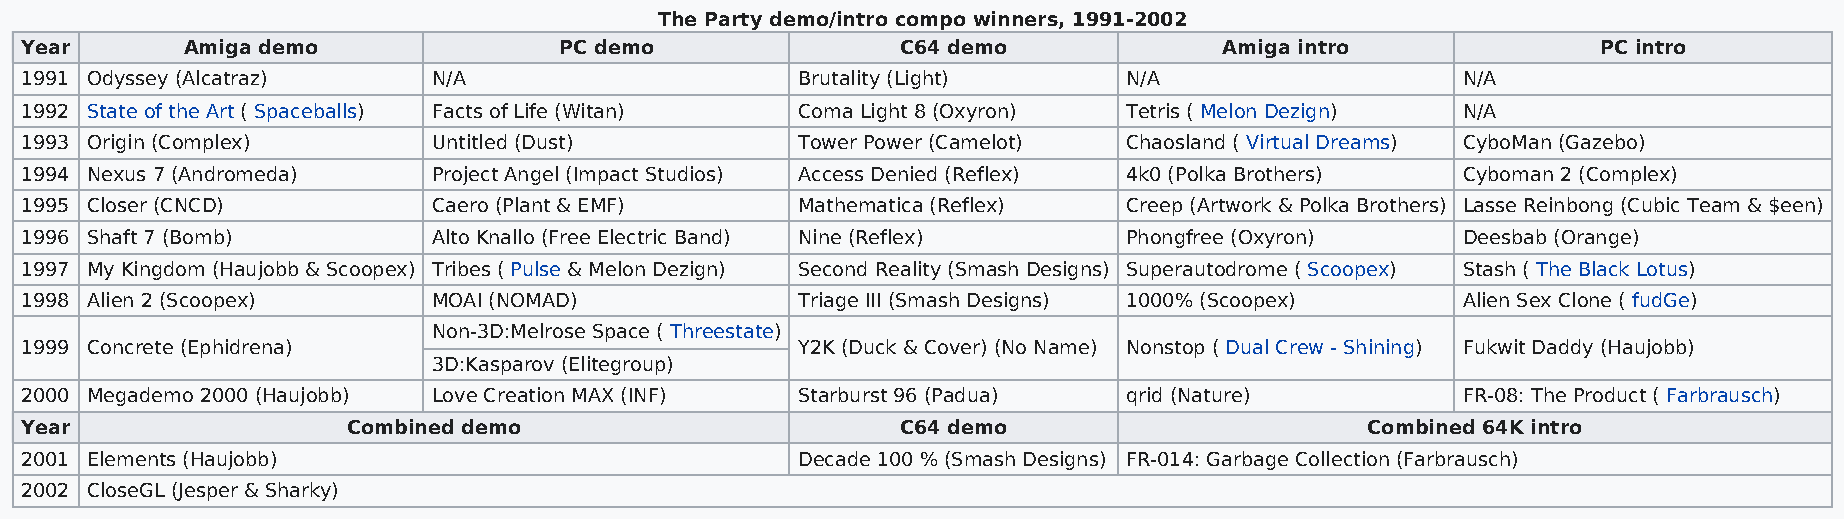
The Party demo/intro compo winners, 1991-2002
 Year       Amiga demo               PC demo                C64 demo             Amiga intro              PC intro
 1991 Odyssey (Alcatraz)     N/A                     Brutality (Light)     N/A                   N/A
 1992 State of the Art ( Spaceballs) Facts of Life (Witan) Coma Light 8 (Oxyron) Tetris ( Melon Dezign) N/A
 1993 Origin (Complex)       Untitled (Dust)         Tower Power (Camelot) Chaosland ( Virtual Dreams) CyboMan (Gazebo)
 1994 Nexus 7 (Andromeda)    Project Angel (Impact Studios) Access Denied (Reflex) 4k0 (Polka Brothers) Cyboman 2 (Complex)
 1995 Closer (CNCD)          Caero (Plant & EMF)     Mathematica (Reflex)  Creep (Artwork & Polka Brothers) Lasse Reinbong (Cubic Team & $een)
 1996 Shaft 7 (Bomb)         Alto Knallo (Free Electric Band) Nine (Reflex) Phongfree (Oxyron)   Deesbab (Orange)
 1997 My Kingdom (Haujobb & Scoopex) Tribes ( Pulse & Melon Dezign) Second Reality (Smash Designs) Superautodrome ( Scoopex) Stash ( The Black Lotus)
 1998 Alien 2 (Scoopex)      MOAI (NOMAD)            Triage III (Smash Designs) 1000% (Scoopex)  Alien Sex Clone ( fudGe)
 Non-3D:Melrose Space ( Threestate)
 1999 Concrete (Ephidrena)                           Y2K (Duck & Cover) (No Name) Nonstop ( Dual Crew - Shining) Fukwit Daddy (Haujobb)
 3D:Kasparov (Elitegroup)
 2000 Megademo 2000 (Haujobb) Love Creation MAX (INF) Starburst 96 (Padua) qrid (Nature)         FR-08: The Product ( Farbrausch)
 Year                  Combined demo                        C64 demo                       Combined 64K intro
 2001 Elements (Haujobb)                             Decade 100 % (Smash Designs) FR-014: Garbage Collection (Farbrausch)
 2002 CloseGL (Jesper & Sharky)